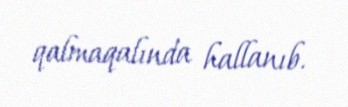
qalmaqalında hallanıb.